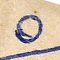
٥